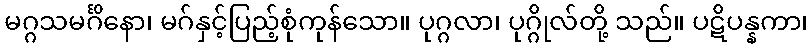
မဂ္ဂသမင်္ဂိနော၊ မဂ်နှင့်ပြည့်စုံကုန်သော။ ပုဂ္ဂလာ၊ ပုဂ္ဂိုလ်တို့ သည်။ ပဋိပန္နကာ၊